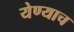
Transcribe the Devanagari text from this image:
येण्याच